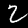
Digit: 2